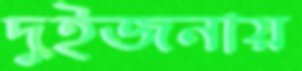
দুইজনায়